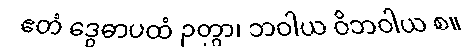
ဧတံ ဒွေဓာပထံ ဉတွာ၊ ဘဝါယ ဝိဘဝါယ စ။